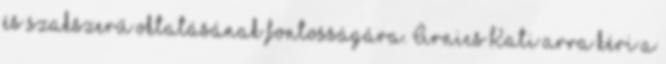
és szakszerű oktatásának fontosságára. Árnics Kati arra kéri a